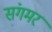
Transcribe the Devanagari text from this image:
संगमर